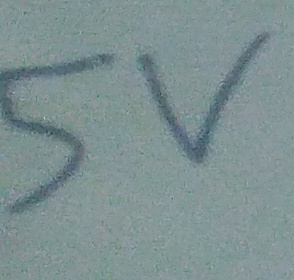
Text: 5V